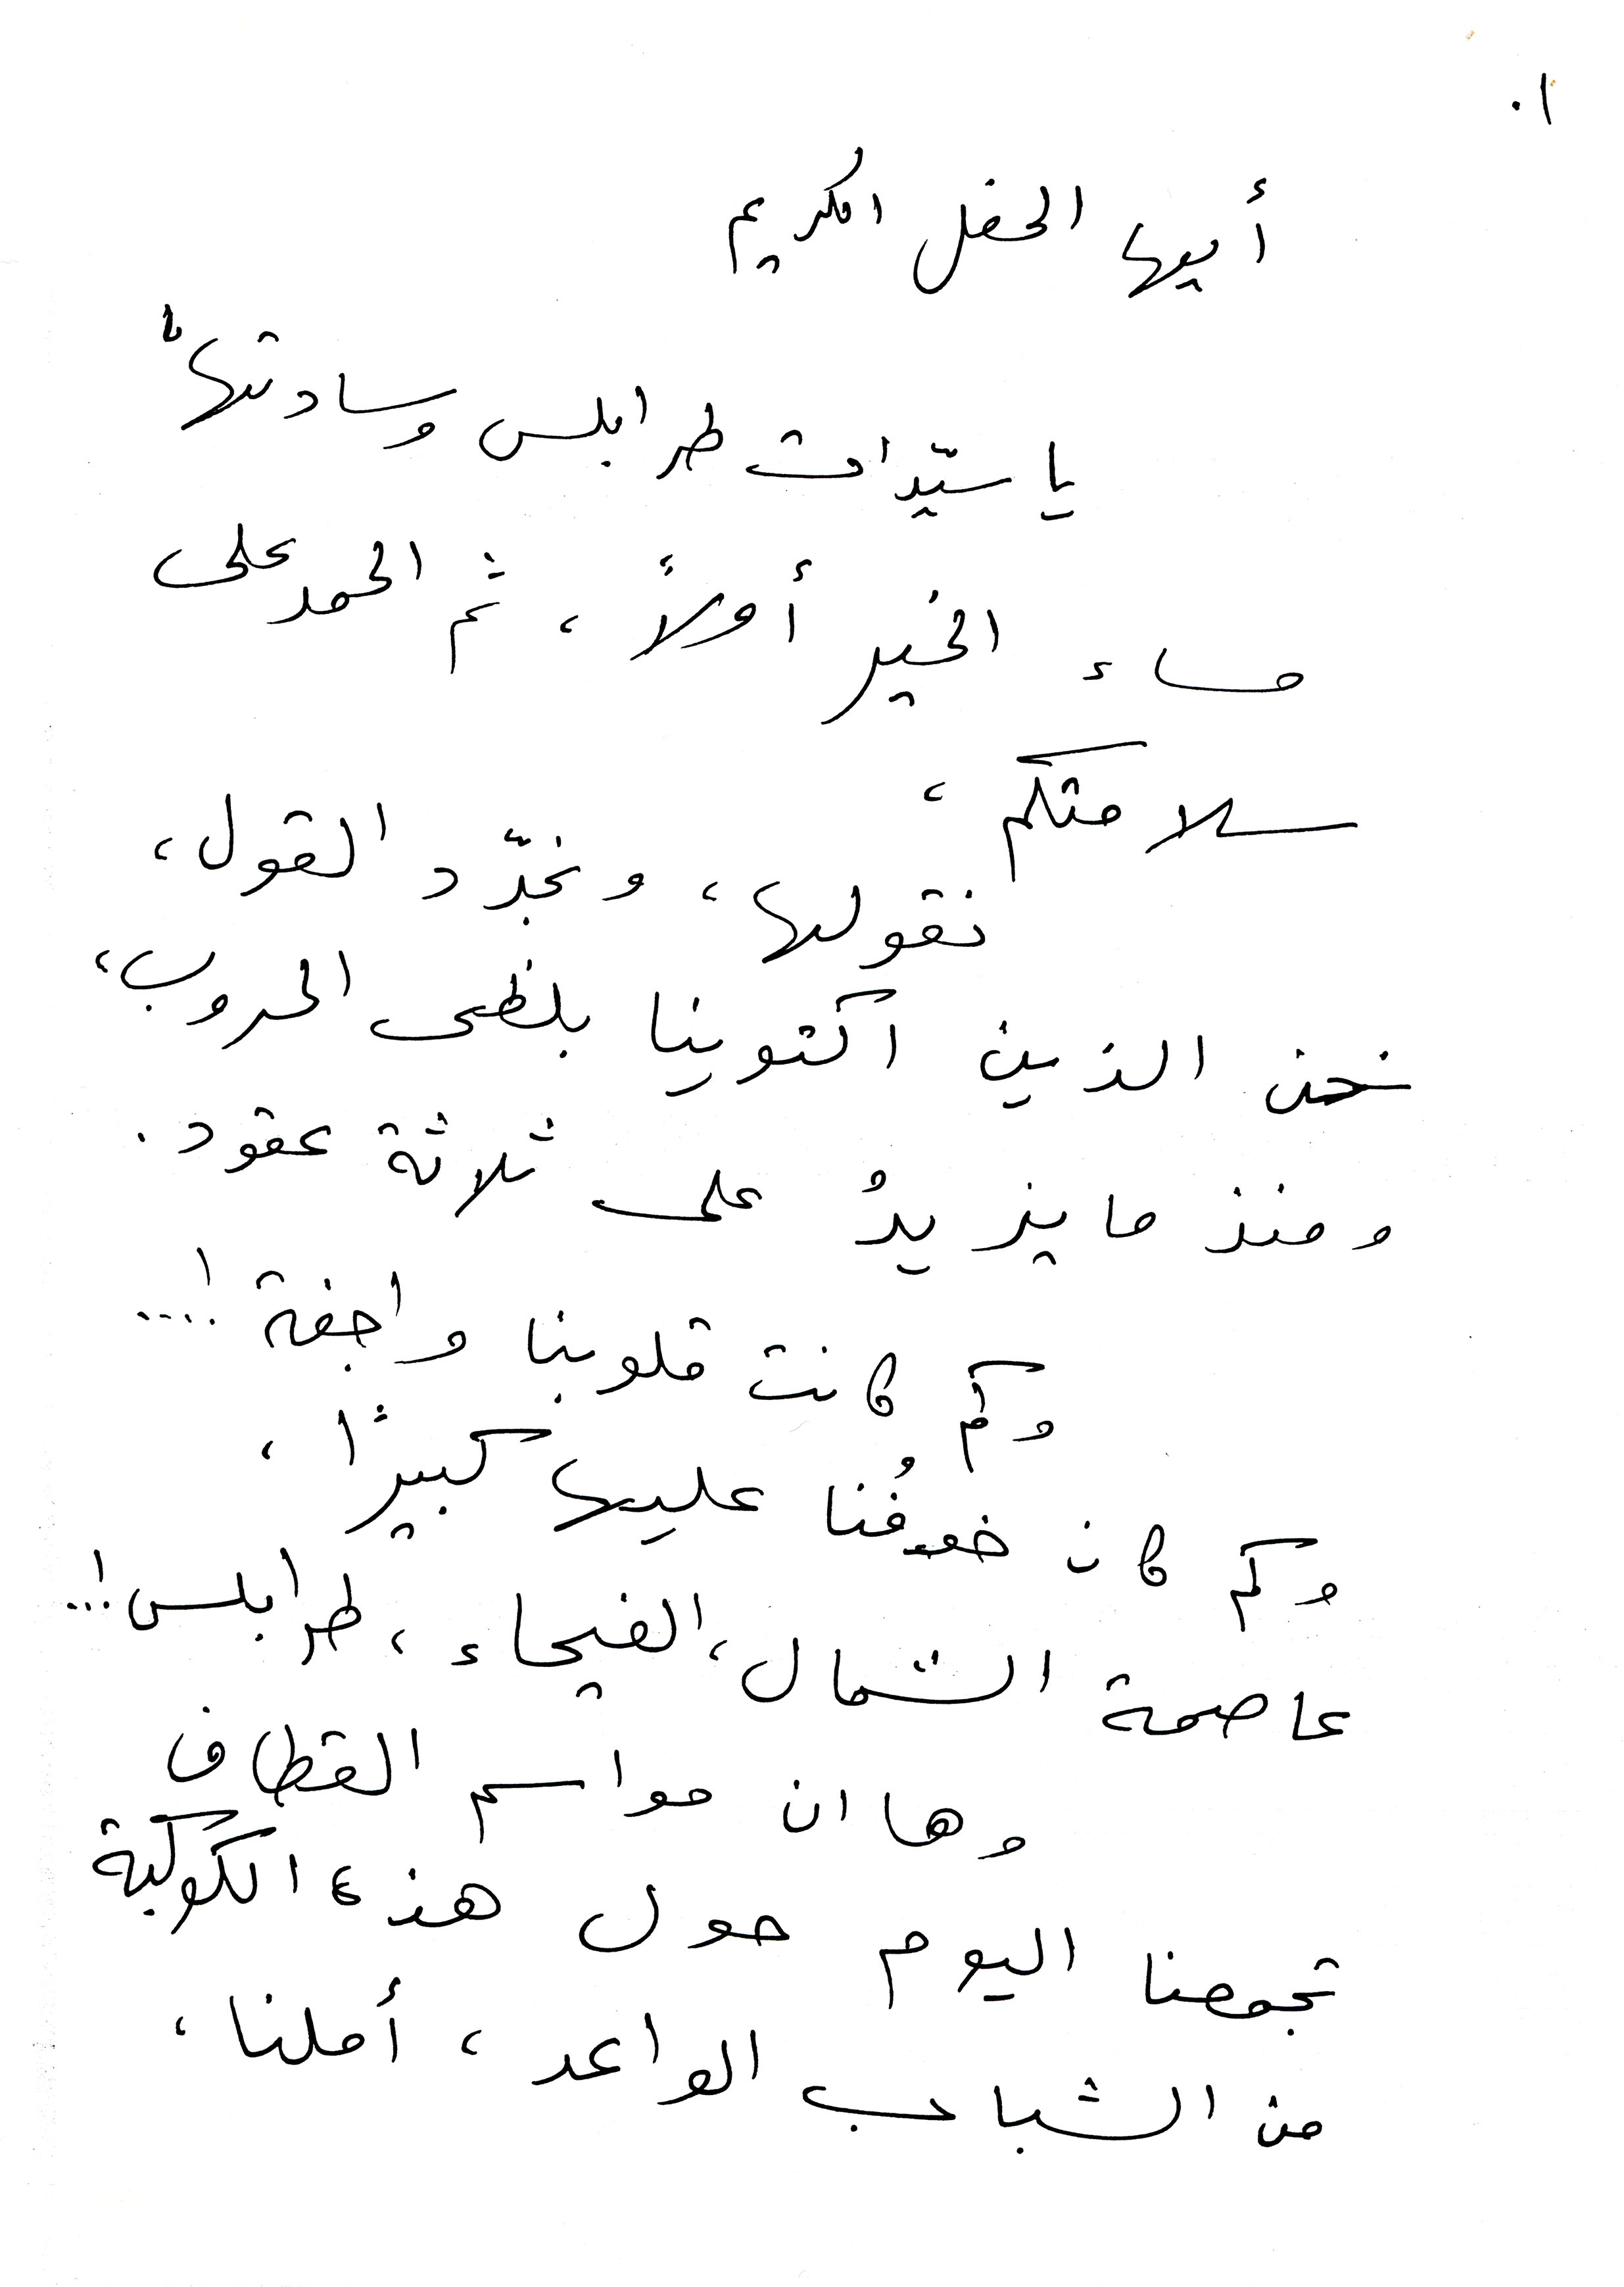
أيها الحفل الكريم
يا سيدات طرابلس وسادتها
مساء الخير أولاً ، ثم الحمد على
سلامتكم ،
نقولها، ونجّدد القول ،
نحن الذين اكتوينا بلظى الحروب ،
ومنذ ما يزيدُ على ثلاثة عقود.
وكم كانت قلوبنا واجفة !...
وكم كان خوفُنا عليها كبيرًا ،
عاصمة الشمال، الفيحاء ، طرابلس!...
وها ان مواسم القطاف
تجمعنا اليوم حول هذه الكوكبة
من الشباب الواعد ، أملنا ،
1